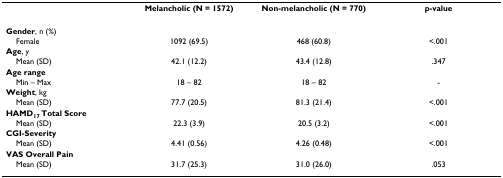
<table><thead><tr><td></td><td><b>Melancholic (N = 1572)</b></td><td><b>Non-melancholic (N = 770)</b></td><td><b>p-value</b></td></tr></thead><tbody><tr><td><b>Gender</b>, n (%)</td><td></td><td></td><td></td></tr><tr><td> Female</td><td>1092 (69.5)</td><td>468 (60.8)</td><td>&lt;.001</td></tr><tr><td><b>Age</b>, y</td><td></td><td></td><td></td></tr><tr><td> Mean (SD)</td><td>42.1 (12.2)</td><td>43.4 (12.8)</td><td>.347</td></tr><tr><td><b>Age range</b></td><td></td><td></td><td></td></tr><tr><td> Min – Max</td><td>18 – 82</td><td>18 – 82</td><td>-</td></tr><tr><td><b>Weight</b>, kg</td><td></td><td></td><td></td></tr><tr><td> Mean (SD)</td><td>77.7 (20.5)</td><td>81.3 (21.4)</td><td>&lt;.001</td></tr><tr><td><b>HAMD<sub>17 </sub>Total Score</b></td><td></td><td></td><td></td></tr><tr><td> Mean (SD)</td><td>22.3 (3.9)</td><td>20.5 (3.2)</td><td>&lt;.001</td></tr><tr><td><b>CGI-Severity</b></td><td></td><td></td><td></td></tr><tr><td> Mean (SD)</td><td>4.41 (0.56)</td><td>4.26 (0.48)</td><td>&lt;.001</td></tr><tr><td><b>VAS Overall Pain</b></td><td></td><td></td><td></td></tr><tr><td> Mean (SD)</td><td>31.7 (25.3)</td><td>31.0 (26.0)</td><td>.053</td></tr></tbody></table>